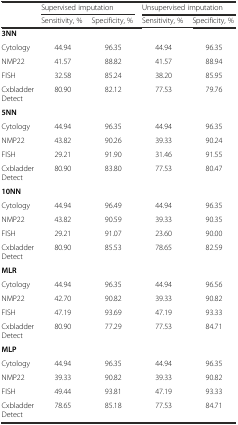
|  | <COLSPAN=2> Supervised imputation | <COLSPAN=2> Unsupervised imputation |
 |  | Sensitivity, % | Specificity, % | Sensitivity, % | Specificity, % |
 | --- | --- | --- | --- | --- |
 | 3NN | <COLSPAN=4>  |
 | Cytology | 44.94 | 96.35 | 44.94 | 96.35 |
 | NMP22 | 41.57 | 88.82 | 41.57 | 88.94 |
 | FISH | 32.58 | 85.24 | 38.20 | 85.95 |
 | Cxbladder Detect | 80.90 | 82.12 | 77.53 | 79.76 |
 | 5NN | <COLSPAN=4>  |
 | Cytology | 44.94 | 96.35 | 44.94 | 96.35 |
 | NMP22 | 43.82 | 90.26 | 39.33 | 90.24 |
 | FISH | 29.21 | 91.90 | 31.46 | 91.55 |
 | Cxbladder Detect | 80.90 | 83.80 | 77.53 | 80.47 |
 | 10NN | <COLSPAN=4>  |
 | Cytology | 44.94 | 96.49 | 44.94 | 96.35 |
 | NMP22 | 43.82 | 90.59 | 39.33 | 90.35 |
 | FISH | 29.21 | 91.07 | 23.60 | 90.00 |
 | Cxbladder Detect | 80.90 | 85.53 | 78.65 | 82.59 |
 | MLR | <COLSPAN=4>  |
 | Cytology | 44.94 | 96.35 | 44.94 | 96.56 |
 | NMP22 | 42.70 | 90.82 | 39.33 | 90.82 |
 | FISH | 47.19 | 93.69 | 47.19 | 93.33 |
 | Cxbladder Detect | 80.90 | 77.29 | 77.53 | 84.71 |
 | MLP | <COLSPAN=4>  |
 | Cytology | 44.94 | 96.35 | 44.94 | 96.35 |
 | NMP22 | 39.33 | 90.82 | 39.33 | 90.82 |
 | FISH | 49.44 | 93.81 | 47.19 | 93.33 |
 | Cxbladder Detect | 78.65 | 85.18 | 77.53 | 84.71 |